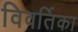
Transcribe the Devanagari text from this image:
विवर्तिका